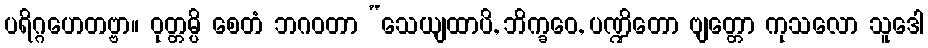
ပရိဂ္ဂဟေတဗ္ဗာ။ ဝုတ္တမ္ပိ စေတံ ဘဂဝတာ “သေယျထာပိ, ဘိက္ခဝေ, ပဏ္ဍိတော ဗျတ္တော ကုသလော သူဒေါ